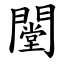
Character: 闛